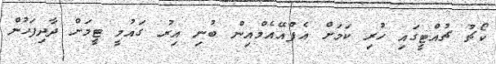
ކޯޗު ޗުއްޓީގައި ހުރި ކަމަށް އެފްއޭއެމްއިން ބުނި އިރު ގައުމީ ޓީމަށް ދާދިފަހުން